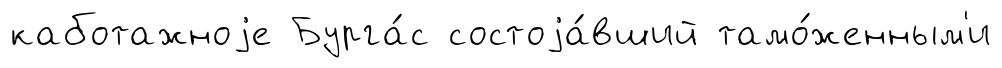
каботажноjе Бурга́с состоjа́вший тамо́женным'и